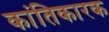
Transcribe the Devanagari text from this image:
कांतिकारक